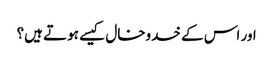
اور اس کے خدوخال کیسے ہوتے ہیں؟